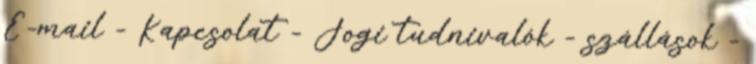
E-mail - Kapcsolat - Jogi tudnivalók - szállások -